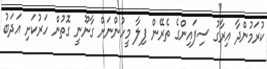
ކުރަމުންދާ އިރާގު ސިފައިންގެ ތެރޭން ފިލާ މީހުންނަށް ގާނޫނީ ގޮޮތުން ހަރުކަށި އަދަބު